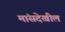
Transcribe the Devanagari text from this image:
मांसदेखील